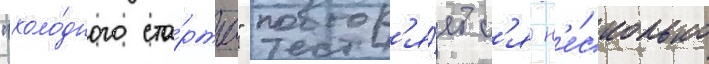
"холо́дного ста́рта" повтор'я́етс'я н'е́сколько